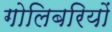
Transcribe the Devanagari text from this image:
गोलिबरियों